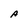
Character: A